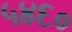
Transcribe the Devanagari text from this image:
५४६०